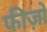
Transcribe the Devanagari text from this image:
फीज़ो